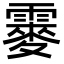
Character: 䨫